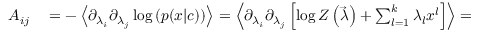
\begin{array} { r l } { A _ { i j } } & { { } = - \left\langle \partial _ { \lambda _ { i } } \partial _ { \lambda _ { j } } \log \left( p ( x | c ) \right) \right\rangle = \left\langle \partial _ { \lambda _ { i } } \partial _ { \lambda _ { j } } \left[ \log Z \left( \vec { \lambda } \right) + \sum _ { l = 1 } ^ { k } \lambda _ { l } x ^ { l } \right] \right\rangle = } \end{array}